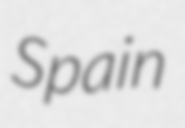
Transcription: Spain